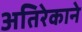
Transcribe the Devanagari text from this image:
अतिरेकाने